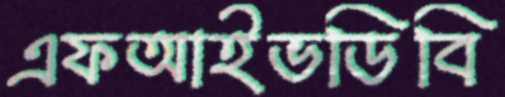
এফআইভডিবি